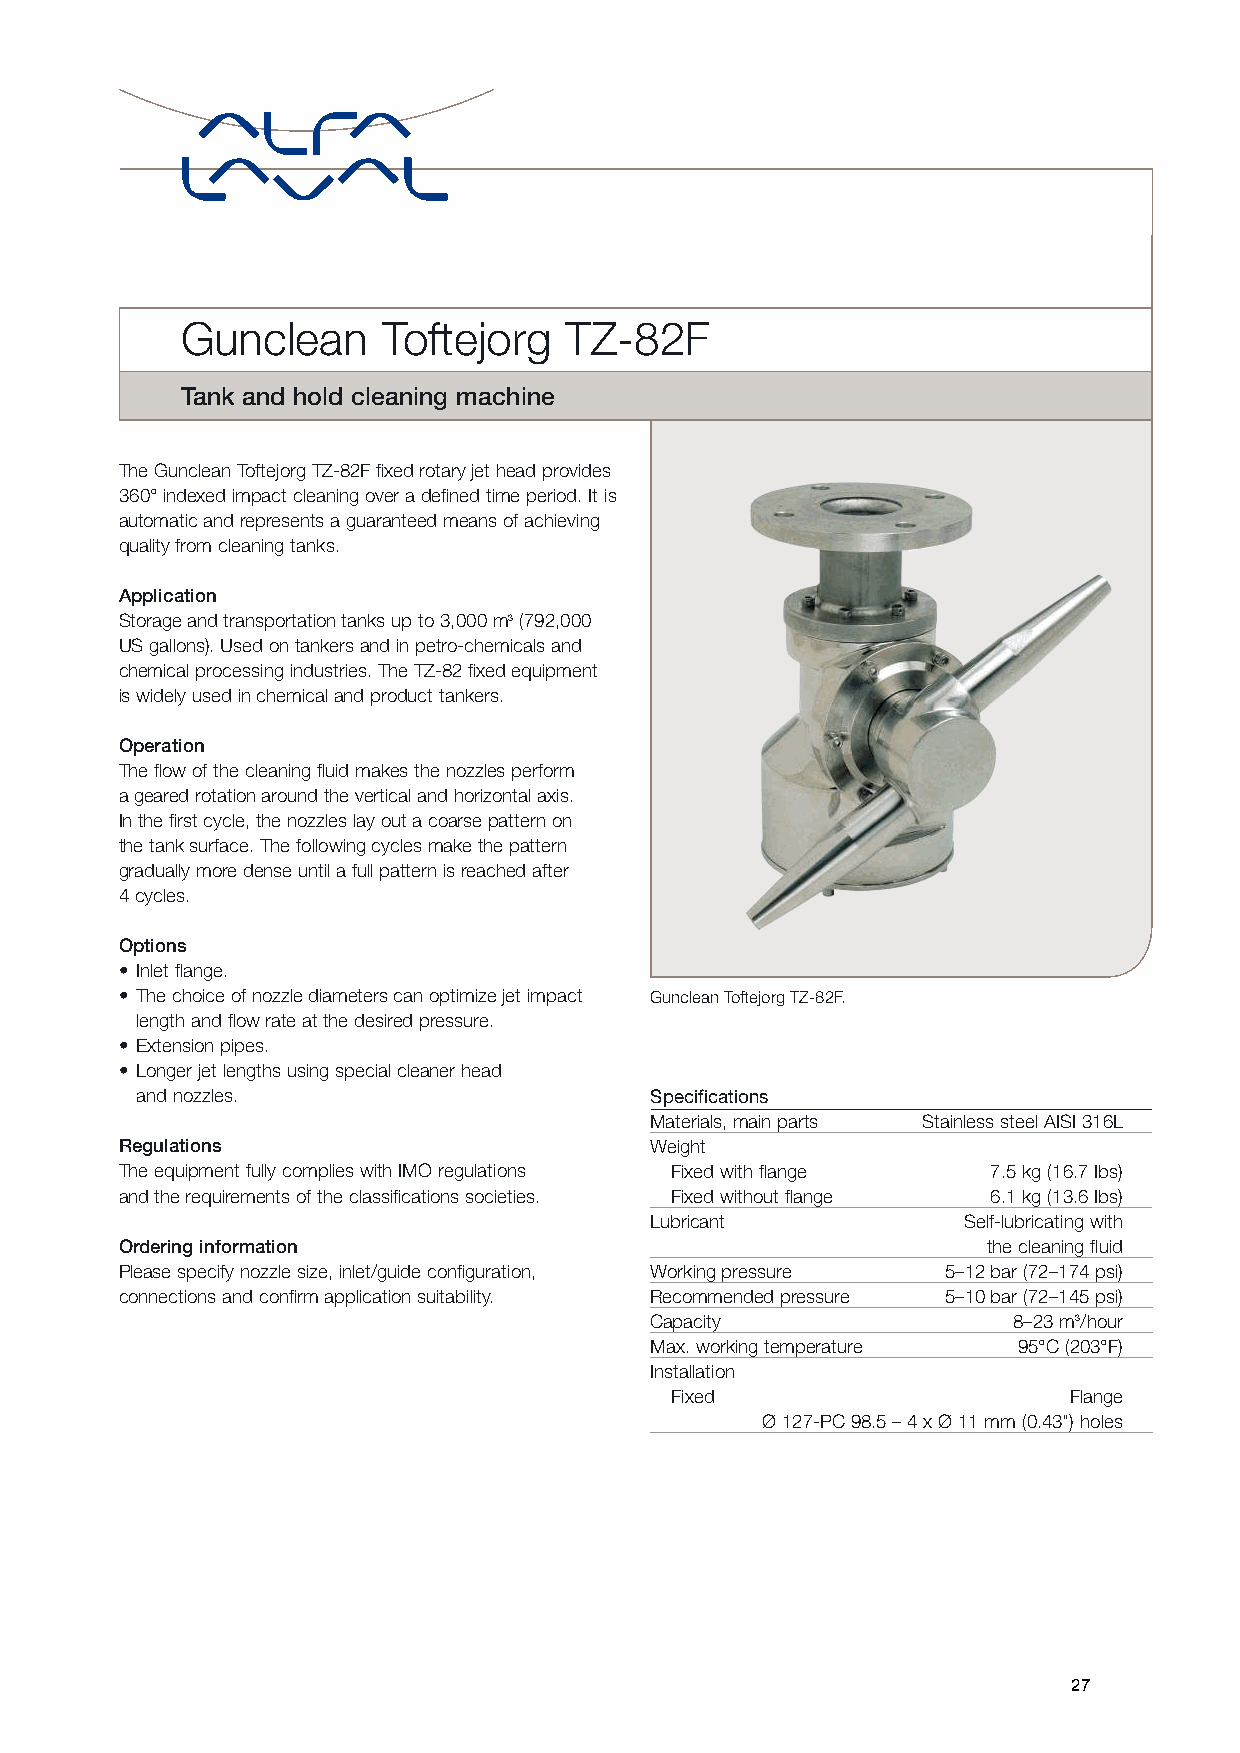
Gunclean     Toftejorg   TZ-82F
 Tank and hold cleaning machine
 The Gunclean Toftejorg TZ-82F fixed rotary jet head provides
 360°indexed impact cleaning over a defined time period. It is
 automatic and represents a guaranteed means of achieving
 quality from cleaning tanks.
 Application
 Storage and transportation tanks up to 3,000 m3(792,000
 US gallons). Used on tankers and in petro-chemicals and
 chemical processing industries. The TZ-82 fixed equipment
 is widely used in chemical and product tankers.
 Operation
 The flow of the cleaning fluid makes the nozzles perform
 a geared rotation around the vertical and horizontal axis.
 In the first cycle, the nozzles lay out a coarse pattern on
 the tank surface. The following cycles make the pattern
 gradually more dense until a full pattern is reached after
 4cycles.
 Options
 • Inlet flange.
 • The choice of nozzle diameters can optimize jet impact Gunclean Toftejorg TZ-82F.
 length and flow rate at the desired pressure.
 • Extension pipes.
 • Longer jet lengths using special cleaner head
 and nozzles.                      Specifications
 Materials, main parts Stainless steel AISI 316L
 Regulations                        Weight
 The equipment fully complies with IMO regulations Fixed with flange 7.5 kg (16.7 Ibs)
 and the requirements of the classifications societies. Fixed without flange 6.1 kg (13.6 Ibs)
 Lubricant            Self-lubricating with
 Ordering information                                     the cleaning fluid
 Please specify nozzle size, inlet/guide configuration, Working pressure 5–12 bar (72–174 psi)
 connections and confirm application suitability. Recommended pressure 5–10 bar (72–145 psi)
 Capacity                8–23 m3/hour
 Max. working temperature 95°C (203°F)
 Installation
 Fixed                      Flange
 Ø 127-PC 98.5 – 4 x Ø 11 mm (0.43") holes
 27